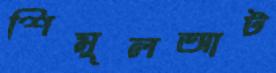
শিমুলআট